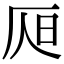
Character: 𣅦